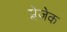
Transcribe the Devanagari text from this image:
प्लेज़ेक